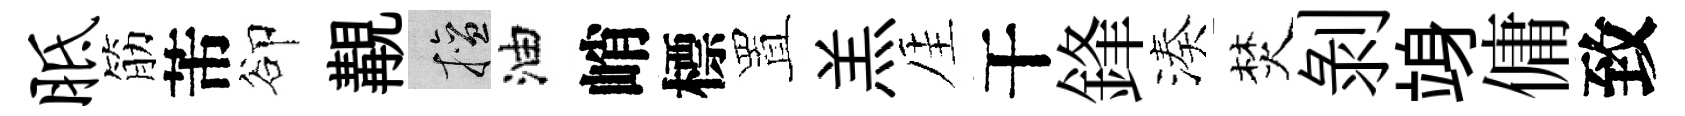
胝筋芾卻覯擅油峭標置羔厓干鋒湊焚剥竧傭致